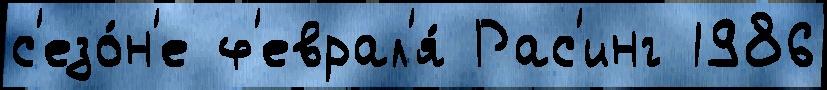
с'езо́н'е ф'еврал'я́ Рас'инг 1986